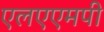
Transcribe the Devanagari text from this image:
एलएएमपी